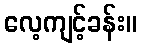
လေ့ကျင့်ခန်း။